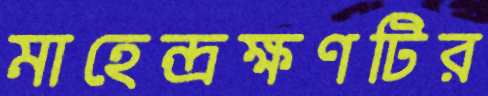
মাহেন্দ্রক্ষণটির